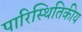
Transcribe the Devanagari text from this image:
पारिस्‍थितिकीय